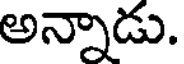
అన్నాడు.